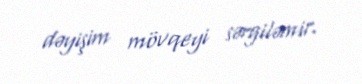
dəyişim mövqeyi sərgiləmir.